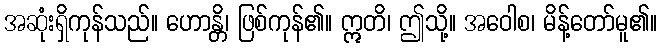
အဆုံးရှိကုန်သည်။ ဟောန္တိ၊ ဖြစ်ကုန်၏။ ဣတိ၊ ဤသို့။ အဝေါစ၊ မိန့်တော်မူ၏။